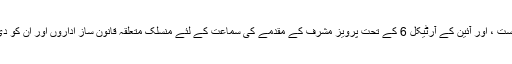
انہوں نے استغاثہ ٹیم کے ممبروں کی فہرست ، اور آئین کے آرٹیکل 6 کے تحت پرویز مشرف کے مقدمے کی سماعت کے لئے منسلک متعلقہ قانون ساز اداروں اور ان کو دی جانے والی فیسوں کے بارے میں پوچھا۔